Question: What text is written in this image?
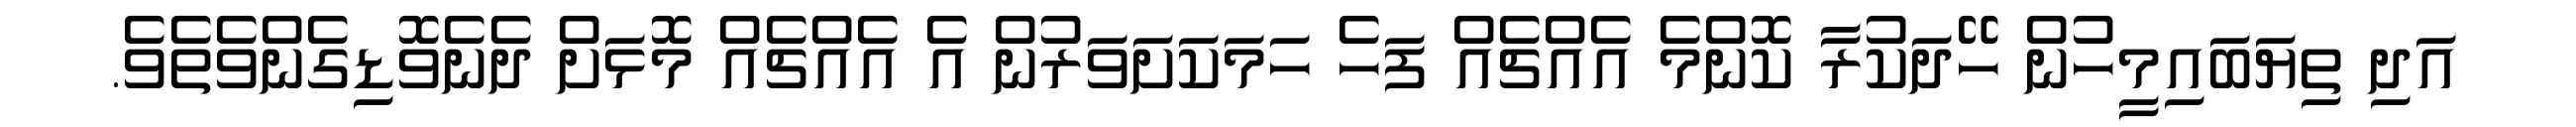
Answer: އަދި ތިޔަބައިމީހުން ހޭދަކުރާ ކޮންމެ އެއްޗެއް ފަހެ ހަމަކަށަވަރުން އެ އެއްޗެއް މޮޅަށް ދެނެވޮޑިގެންވެތެވެ.